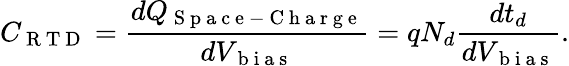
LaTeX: C_{\mathrm{~R~T~D~}}=\frac{dQ_{\mathrm{~S~p~a~c~e~-~C~h~a~r~g~e~}}}{dV_{\mathrm{~b~i~a~s~}}}=qN_{d}\frac{dt_{d}}{dV_{\mathrm{~b~i~a~s~}}}.